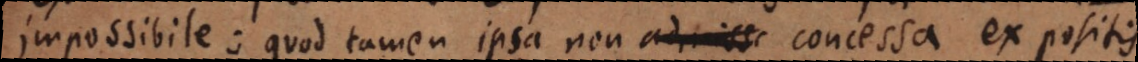
impossibile; quod tamen ipsa non concessa ex positis